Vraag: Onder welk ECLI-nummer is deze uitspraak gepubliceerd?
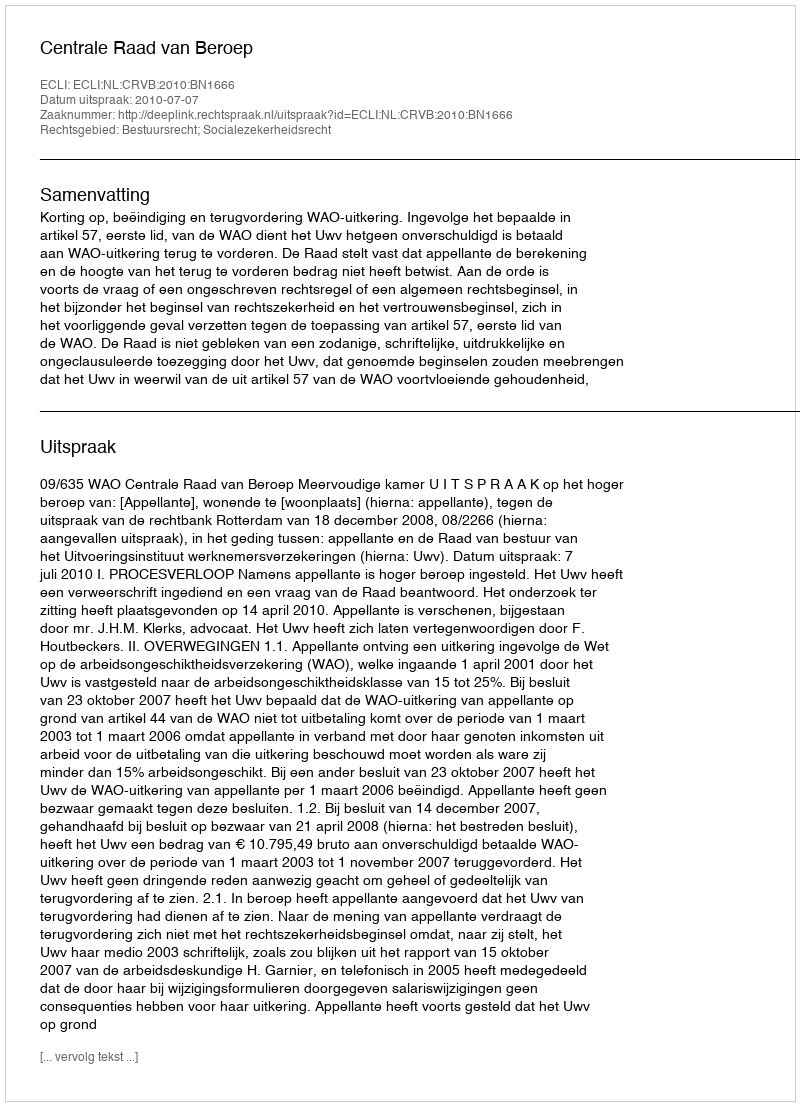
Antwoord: ECLI:NL:CRVB:2010:BN1666